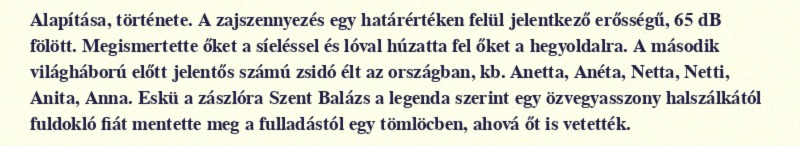
Alapítása, története. A zajszennyezés egy határértéken felül jelentkező erősségű, 65 dB fölött. Megismertette őket a síeléssel és lóval húzatta fel őket a hegyoldalra. A második világháború előtt jelentős számú zsidó élt az országban, kb. Anetta, Anéta, Netta, Netti, Anita, Anna. Eskü a zászlóra Szent Balázs a legenda szerint egy özvegyasszony halszálkától fuldokló fiát mentette meg a fulladástól egy tömlöcben, ahová őt is vetették.